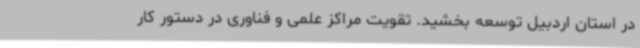
در استان اردبیل توسعه بخشید. تقویت مراکز علمی و فناوری در دستور کار